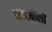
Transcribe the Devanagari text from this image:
नाट्याला